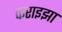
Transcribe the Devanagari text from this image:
कराइझा